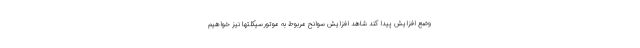
وضع افزایش پیدا کند شاهد افزایش سوانح مربوط به موتورسیکلتها نیز خواهیم